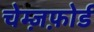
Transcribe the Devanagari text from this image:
चेम्ज़फ़ोर्ड